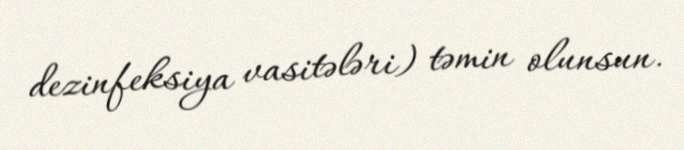
dezinfeksiya vasitələri) təmin olunsun.